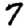
Digit: 7